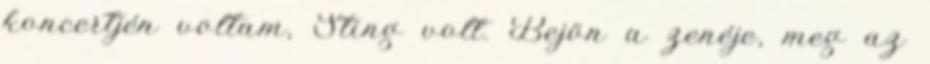
koncertjén voltam, Sting volt. Bejön a zenéje, meg az